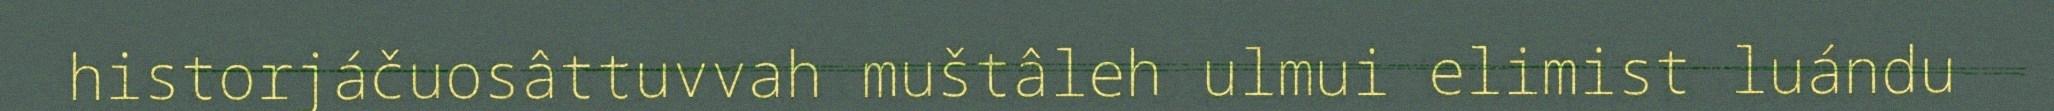
historjáčuosâttuvvah muštâleh ulmui elimist luándu